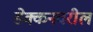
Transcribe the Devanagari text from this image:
डेक्कनवरील